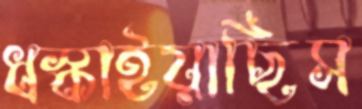
ধস্‌কাইয়াছিস